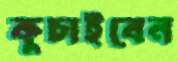
কুচাইবেন